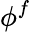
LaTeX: \phi^{f}